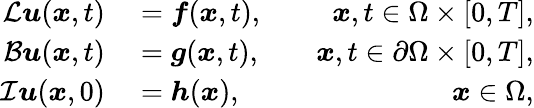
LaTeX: \begin{array}{rlr}{\mathcal{L}\boldsymbol{u}(\boldsymbol{x},t)}&{{}=\boldsymbol{f}(\boldsymbol{x},t),}&{\quad\boldsymbol{x},t\in\Omega\times[0,T],}\\ {\mathcal{B}\boldsymbol{u}(\boldsymbol{x},t)}&{{}=\boldsymbol{g}(\boldsymbol{x},t),}&{\quad\boldsymbol{x},t\in\partial\Omega\times[0,T],}\\ {\mathcal{I}\boldsymbol{u}(\boldsymbol{x},0)}&{{}=\boldsymbol{h}(\boldsymbol{x}),}&{\quad\boldsymbol{x}\in\Omega,}\end{array}